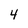
Character: 4